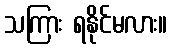
သကြား ရနိုင်မလား။